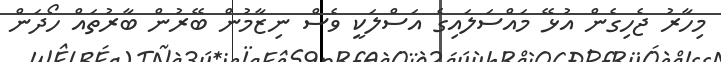
މިހާރު ޖެހިގެން އުޅޭ މައްސަލައިގެ އަސްލަކީ ވެސް ނިޒާމުން ބޭރުން ބާރުތައް ހޯދަަން